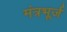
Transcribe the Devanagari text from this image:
मंत्रभूर्ज